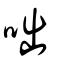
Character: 咄